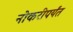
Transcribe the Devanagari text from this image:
नोकरीपर्यंत